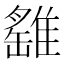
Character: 𩀘